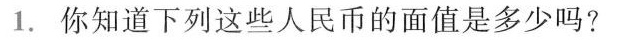
1.你知道下列这些人民币的面值是多少吗?